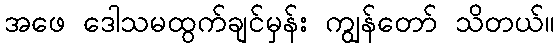
အဖေ ဒေါသမထွက်ချင်မှန်း ကျွန်တော် သိတယ်။